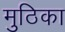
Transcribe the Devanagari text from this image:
मुठिका